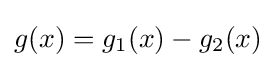
g(x)=g_{1}(x)-g_{2}(x)